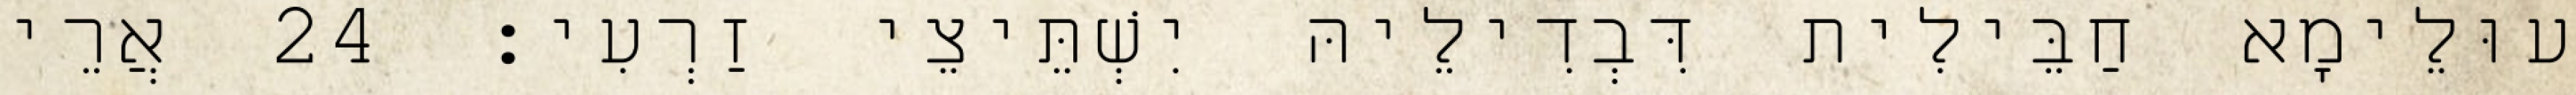
עוּלֵימָא חַבֵּילִית דִּבְדִילֵיהּ יִשְׁתֵּיצֵי זַרְעִי׃ 24 אֲרֵי